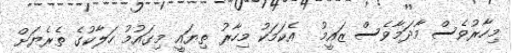
މިހާރުވެސް މާދަމާވެސް ޒައީމު  އެކަމަކު މިހާރު ތިޔައީ މިގައުމު ހަލާކުގެ ތެރެޔަށް